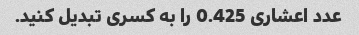
عدد اعشاری 0.425 را به کسری تبدیل کنید.